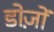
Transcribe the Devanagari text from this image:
डोज़ों